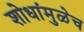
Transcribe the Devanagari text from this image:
शोधांमुळेच